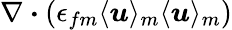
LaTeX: \nabla\boldsymbol{\cdot}(\epsilon_{fm}\langle\boldsymbol{u}\rangle_{m}\langle\boldsymbol{u}\rangle_{m})